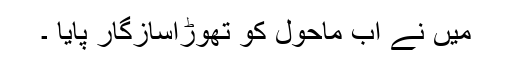
میں نے اب ماحول کو تھوڑاسازگار پایا ۔